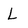
Character: L